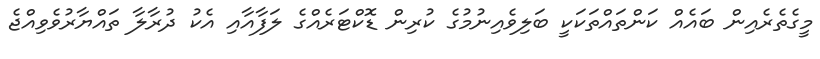
މީގެތެރެއިން ބައެއް ކަންތައްތަކަކީ ބަލިވެއިނުމުގެ ކުރިން ޑޮކްޓަރެއްގެ ލަފާއާއި އެކު ދުރާލާ ތައްޔާރުވެވިއްޖެ